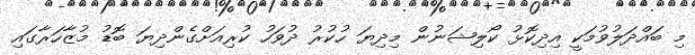
މި ބައްދަލުވުމަކީ އިދިކޮޅު ކޯލިޝަނުން މިދިޔަ ހުކުރު ދުވަހު ކުރިއަށްގެންދިޔަ ބޮޑު މުޒާހަރާގައި